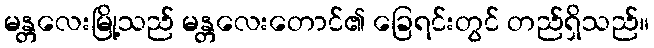
မန္တလေးမြို့သည် မန္တလေးတောင်၏ ခြေရင်းတွင် တည်ရှိသည်။